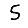
Digit: 5